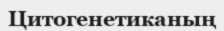
Цитогенетиканың